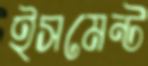
ইসমেন্ট